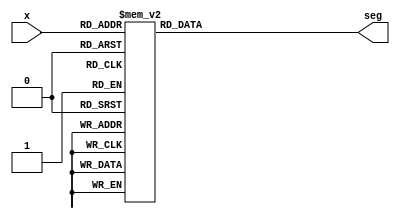
module bcdto7segment_dataflow(
           input [3: 0] x,
           output reg [6: 0] seg
       );

always @(x)
begin
    case (x)
        4'b0000 : seg <= 7'b1000000;
        4'b0001 : seg <= 7'b1111001;
        4'b0010 : seg <= 7'b0100100;
        4'b0011 : seg <= 7'b0110000;
        4'b0100 : seg <= 7'b0011001;
        4'b0101 : seg <= 7'b0010010;
        4'b0110 : seg <= 7'b0000010;
        4'b0111 : seg <= 7'b1111000;
        4'b1000 : seg <= 7'b0000000;
        4'b1001 : seg <= 7'b0011000;
        4'b1010 : seg <= 7'b0001000;
        4'b1011 : seg <= 7'b0000011;
        4'b1100 : seg <= 7'b1000110;
        4'b1101 : seg <= 7'b0100001;
        4'b1110 : seg <= 7'b0000110;
        4'b1111 : seg <= 7'b0001110;
    endcase
end

endmodule